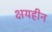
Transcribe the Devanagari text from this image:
क्षयहीन